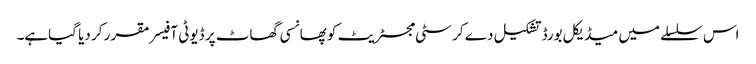
اس سلسلے میں میڈیکل بورڈ تشکیل دے کر سٹی مجسٹریٹ کو پھانسی گھاٹ پر ڈیوٹی آفیسر مقرر کر دیا گیاہے۔